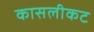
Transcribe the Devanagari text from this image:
कासलीकट